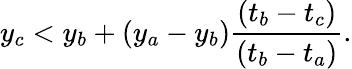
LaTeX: y_{c}<y_{b}+(y_{a}-y_{b})\frac{(t_{b}-t_{c})}{(t_{b}-t_{a})}.